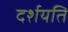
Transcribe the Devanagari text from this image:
दर्शयति